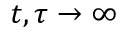
t , \tau \rightarrow \infty